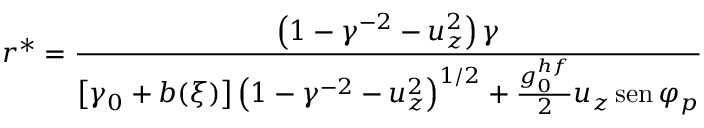
r ^ { * } = \frac { \left( 1 - \gamma ^ { - 2 } - u _ { z } ^ { 2 } \right) \gamma } { \left[ \gamma _ { 0 } + b ( \xi ) \right] \left( 1 - \gamma ^ { - 2 } - u _ { z } ^ { 2 } \right) ^ { 1 / 2 } + \frac { g _ { 0 } ^ { h f } } { 2 } u _ { z } \operatorname { s e n } \varphi _ { p } }